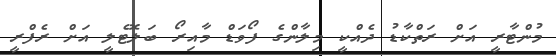
މުންޓާރީ އަށް ރަތްކާޑު ދެއްކީ މިލާންގެ ފޯވަޑް މާއިރޯ ބަލޮޓެލީ އަށް ރެފްރީ